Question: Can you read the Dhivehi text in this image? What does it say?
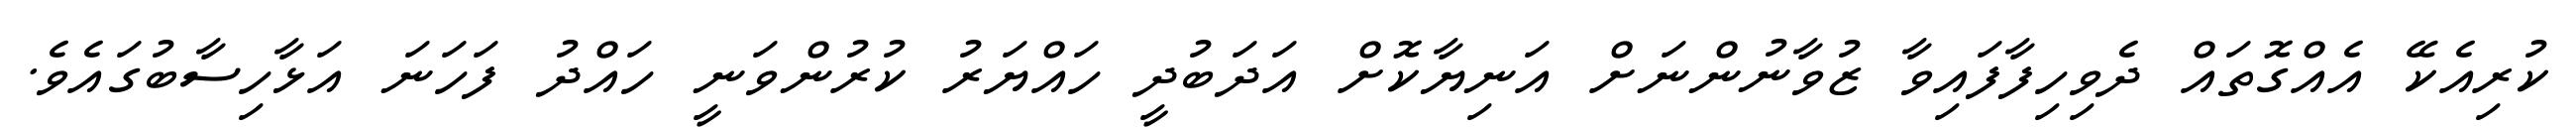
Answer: ކުރިއެކޭ އެއްގޮތައް ދެވިހިފާފައިވާ ޒުވާނުންނަށް އަނިޔާކޮށް އަދަބުދީ ހައްޔަރު ކުރުންވަނީ ހައްދު ފަހަނަ އަޅާހިސާބުގައެވެ.